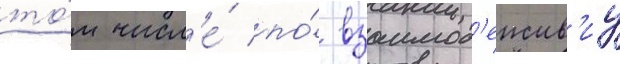
то́м числ'е́ по́ взаимод'еиств'иу